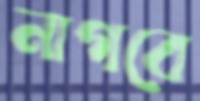
নাগবে